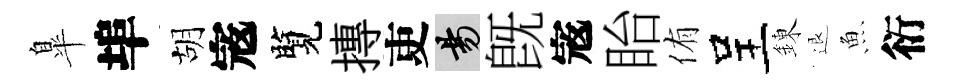
臯埠胡𡨥覽摶吏昜旣𡨥眙侑呈錬退魚衍